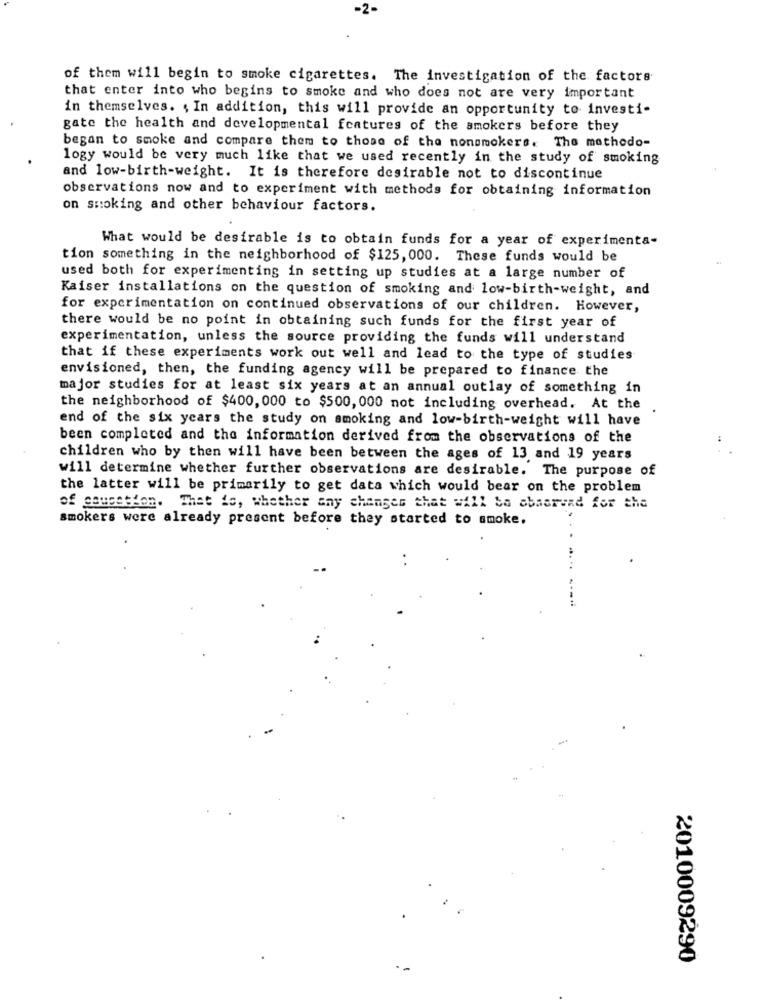
of them will begin to smoke cigarettes. The investigation of the factors
that enter into who begins to smoke and who does not are very important
in themselves. , In addition, this will provide an opportunity to investi-
gate the health and developmental features of the smokers before they
began to smoke and compare them to those of the nonsmokers. The mathedo-
logy would be very much like that we used recently in the study of smoking
and low-birth-weight. It is therefore desirable not to discontinue
observations now and to experiment with methods for obtaining information
on smoking and other behaviour factors.
What would be desirable is to obtain funds for a year of experimenta-
tion something in the neighborhood of $125, 000. These funds would be
used both for experimenting in setting up studies at a large number of
Kaiser installations on the question of smoking and low-birth-weight, and
for experimentation on continued observations of our children. However,
there would be no point in obtaining such funds for the first year of
experimentation, unless the source providing the funds will understand
that if these experiments work out well and lead to the type of studies
envisioned, then, the funding agency will be prepared to finance the
major studies for at least six years at an annual outlay of something in
the neighborhood of $400, 000 to $500, 000 not including overhead. At the
end of the six years the study on smoking and low-birth-weight will have
been completed and the information derived from the observations of the
children who by then will have been between the ages of 13 and 19 years
will determine whether further observations are desirable. The purpose of
the latter will be primarily to get data which would bear on the problem
of causation.
That is, whether any changes that #411 Sa abaarend for the
smokers were already present before they started to smoke.
2010009290